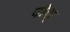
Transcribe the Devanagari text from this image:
पीश्